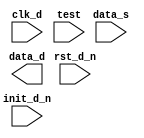
////////////////////////////////////////////////////////////////////////////////
//
//       This confidential and proprietary software may be used only
//     as authorized by a licensing agreement from Synopsys Inc.
//     In the event of publication, the following notice is applicable:
//
//                    (C) COPYRIGHT 2005 - 2023 SYNOPSYS INC.
//                           ALL RIGHTS RESERVED
//
//       The entire notice above must be reproduced on all authorized
//     copies.
//
//
// VERSION:   Simulation Architecture
//
// DesignWare_version: 4e64d804
// DesignWare_release: U-2022.12-DWBB_202212.5
//
////////////////////////////////////////////////////////////////////////////////
//
// ABSTRACT: Behavioral model of Fundamental Synchronizer for s2_sf based FIFO methods
//
//           This synchronizes incoming data into the destination domain
//           with a configurable number of sampling stages.
//
//              Parameters:     Valid Values
//              ==========      ============
//              width           [ 1 to 1024 ]
//              f_sync_type     [ 0 = single clock design, no synchronizing stages implemented,
//                                1 = 1-stage synchronization w/ pos-edge capturing,
//                                2 = 2-stage synchronization w/ both stages pos-edge capturing,
//                                3 = 3-stage synchronization w/ all stages pos-edge capturing,
//                                4 = 4-stage synchronization w/ all stages pos-edge capturing ]
//              tst_mode        [ 0 = no hold latch inserted,
//                                1 = insert hold 'latch' using a neg-edge triggered register
//                                2 = reserved (functions same as tst_mode=0 ]
//		verif_en        [ 0 = no sampling errors inserted,
//                                1 = sampling errors are randomly inserted with 0 or 1 destination clock cycle delays
//                                2 = sampling errors are randomly inserted with 0, 0.5, 1, or 1.5 destination clock cycle delays
//                                3 = sampling errors are randomly inserted with 0, 1, 2, or 3 destination clock cycle delays
//                                4 = sampling errors are randomly inserted with 0 or up to 0.5 destination clock cycle delays ]
//              
//              Input Ports:    Size    Description
//              ===========     ====    ===========
//              clk_d           1 bit   Destination Domain Input Clock
//              rst_d_n         1 bit   Destination Domain Active Low Async. Reset
//		init_d_n        1 bit   Destination Domain Active Low Sync. Reset
//              data_s          N bits  Source Domain Data Input
//              test            1 bit   Test input
//
//              Output Ports    Size    Description
//              ============    ====    ===========
//              data_d          N bits  Destination Domain Data Output
//
//                Note: the value of N is equal to the 'width' parameter value
//
//
// MODIFIED: 
//              RJK   09-12-17 Derived simulation model DWsc_sync from DW_sync

module DWsc_sync (
    clk_d,
    rst_d_n,
    init_d_n,
    data_s,
    test,
    data_d
    );

parameter integer width        = 8;
parameter integer f_sync_type  = 2;
parameter integer tst_mode     = 0;
parameter integer verif_en     = 1;

input			clk_d;
input			rst_d_n;
input			init_d_n;
input  [width-1:0]      data_s;
input                   test;
output [width-1:0]      data_d;

// synopsys translate_off
localparam		F_SYNC_TYPE_INT = f_sync_type % 8;

  //-------------------------------------------------------------------------
  // Parameter legality check
  //-------------------------------------------------------------------------

 
  initial begin : parameter_check
    integer param_err_flg;

    param_err_flg = 0;
    
  
    if (width < 1 ) begin
      param_err_flg = 1;
      $display(
	"ERROR: %m :\n  Invalid value (%d) for parameter width (lower bound: 1 )",
	width );
    end
  
    if ( (F_SYNC_TYPE_INT < 0) || (F_SYNC_TYPE_INT > 4) ) begin
      param_err_flg = 1;
      $display(
	"ERROR: %m :\n  Invalid value (%d) for parameter F_SYNC_TYPE_INT (legal range: 0 to 4)",
	F_SYNC_TYPE_INT );
    end
  
    if ( (verif_en < 0) || (verif_en > 4) ) begin
      param_err_flg = 1;
      $display(
	"ERROR: %m :\n  Invalid value (%d) for parameter verif_en (legal range: 0 to 4)",
	verif_en );
    end

    if ( param_err_flg == 1) begin
      $display(
        "%m :\n  Simulation aborted due to invalid parameter value(s)");
      $finish;
    end

  end // parameter_check 


  wire [width-1:0]       data_s_int;
  reg  [width-1:0]       ndata1_int;
  reg  [width-1:0]       data1_int;
  reg  [width-1:0]       data_d2_int;
  reg  [width-1:0]       data_d3_int;
  reg  [width-1:0]       data_d4_int;
  reg  [width-1:0]       test_nout1_int;

  wire [width-1:0]       next_data1_int;
  wire [width-1:0]       next_data_d2_int;
  wire [width-1:0]       next_data_d3_int;
  wire [width-1:0]       tst_mode_sel_data;
  wire [width-1:0]       f_sync_type0_data;


  `ifdef DW_MODEL_MISSAMPLES





  initial begin
    $display("Information: %m: *** Running with DW_MODEL_MISSAMPLES defined, verif_en is: %0d ***",
			verif_en);
  end

reg     [width-1:0]     test_hold_ms;
wire			hclk_odd;
reg  [width-1:0]	last_data_dyn, data_s_delta_t;
reg  [width-1:0]	last_data_s, last_data_s_q, last_data_s_qq;
wire [width-1:0]	data_s_sel_0, data_s_sel_1;
reg  [width-1:0]	data_select; initial data_select = 0;
reg  [width-1:0]	data_select_2; initial data_select_2 = 0;

  always @ (negedge clk_d or negedge rst_d_n) begin : PROC_test_hold_ms_registers
    if (rst_d_n == 1'b0) begin
      test_hold_ms        <= {width{1'b0}};
    end else if (init_d_n == 1'b0) begin
      test_hold_ms        <= {width{1'b0}};
    end else begin
      test_hold_ms        <= data_s;
    end
  end
reg			init_dly_n;


  always @ (posedge hclk_odd or data_s or rst_d_n) begin : PROC_catch_last_data
    data_s_delta_t <= (data_s | (data_s ^ data_s)) & {width{rst_d_n}} & {width{init_dly_n}};
    last_data_dyn <= data_s_delta_t & {width{rst_d_n}} & {width{init_dly_n}};
  end // PROC_catch_last_data

generate if ((verif_en % 2) == 1) begin : GEN_HO_VE_EVEN
  assign hclk_odd = clk_d;
end else begin : GEN_HO_VE_ODD
  assign hclk_odd = ~clk_d;
end
endgenerate

  always @ (posedge clk_d or negedge rst_d_n) begin : PROC_missample_hist_even
    if (rst_d_n == 1'b0) begin
      last_data_s_q  <= {width{1'b0}};
      init_dly_n     <= 1'b1;
    end else if (init_d_n == 1'b0) begin
      last_data_s_q  <= {width{1'b0}};
      init_dly_n     <= 1'b0;
    end else begin
      last_data_s_q <= last_data_s;
      init_dly_n     <= 1'b1;
    end
  end // PROC_missample_hist_even

  always @ (posedge hclk_odd or negedge rst_d_n) begin : PROC_missample_hist_odd
    if (rst_d_n == 1'b0) begin
      last_data_s <= {width{1'b0}};
      last_data_s_qq  <= {width{1'b0}};
    end else if (init_d_n == 1'b0) begin
      last_data_s <= {width{1'b0}};
      last_data_s_qq  <= {width{1'b0}};
    end else begin
      last_data_s <= (data_s | (data_s ^ data_s));
      last_data_s_qq <= last_data_s_q;
    end
  end // PROC_missample_hist_odd

  always @ (data_s or last_data_s) begin : PROC_mk_next_data_select
    if (data_s != last_data_s) begin
      data_select = wide_random(width);

      if ((verif_en == 2) || (verif_en == 3))
	data_select_2 = wide_random(width);
      else
	data_select_2 = {width{1'b0}};
    end
  end  // PROC_mk_next_data_select

  assign data_s_sel_0 = (verif_en < 1)? data_s : ((data_s & ~data_select) | (last_data_dyn & data_select));

  assign data_s_sel_1 = (verif_en < 2)? {width{1'b0}} : ((last_data_s_q & ~data_select) | (last_data_s_qq & data_select));

  assign data_s_int = ((data_s_sel_0 & ~data_select_2) | (data_s_sel_1 & data_select_2));


  function [width-1:0] wide_random;
    input [31:0]        in_width;   // should match "width" parameter -- need one input to satisfy Verilog function requirement

    reg   [width-1:0]   temp_result;
    reg   [31:0]        rand_slice;
    integer             i, j, base;


    begin
      temp_result = $random;
      if (((width / 32) + 1) > 1) begin
        for (i=1 ; i < ((width / 32) + 1) ; i=i+1) begin
          base = i << 5;
          rand_slice = $random;
          for (j=0 ; ((j < 32) && (base+j < in_width)) ; j=j+1) begin
            temp_result[base+j] = rand_slice[j];
          end
        end
      end

      wide_random = temp_result;
    end
  endfunction  // wide_random

  initial begin : seed_random_PROC
    integer seed, init_rand;
    `ifdef DW_MISSAMPLE_SEED
      seed = `DW_MISSAMPLE_SEED;
    `else
      seed = 32'h0badbeef;
    `endif

    init_rand = $random(seed);
  end // seed_random_PROC







  `else
  assign data_s_int = (data_s | (data_s ^ data_s));
  `endif



  assign tst_mode_sel_data  = (tst_mode == 1) ? test_nout1_int : data_s;

  assign f_sync_type0_data  = (test == 1'b1) ? tst_mode_sel_data : data_s;

  assign next_data1_int     = (test == 1'b0) ? data_s_int : tst_mode_sel_data; 


  generate
    if ((f_sync_type & 7) == 1) begin : GEN_NXT_SMPL_SM1_FST_EQUAL1
      assign next_data_d2_int = ndata1_int;
    end
    if ((f_sync_type & 7) > 1) begin : GEN_NXT_SMPL_SM1_FST_GRTH1
      assign next_data_d2_int = data1_int;
    end
  endgenerate
				
  always @(negedge clk_d or negedge rst_d_n) begin : a1000_PROC
    if (rst_d_n === 1'b0) begin
      ndata1_int     <= {width{1'b0}}; 
      test_nout1_int <= {width{1'b0}};
    end else if (rst_d_n === 1'b1) begin
      if (init_d_n === 1'b0) begin
        ndata1_int     <= {width{1'b0}};
        test_nout1_int <= {width{1'b0}};
      end else if (init_d_n === 1'b1) begin
        ndata1_int     <= data_s_int; 
        test_nout1_int <= data_s;
      end else begin
        ndata1_int     <= {width{1'bX}};
        test_nout1_int <= {width{1'bX}};
      end
    end else begin
      ndata1_int     <= {width{1'bX}}; 
      test_nout1_int <= {width{1'bX}};
    end
  end

  always @(posedge clk_d or negedge rst_d_n) begin : a1001_PROC
    if (rst_d_n === 1'b0) begin
      data1_int          <= {width{1'b0}};
      data_d2_int        <= {width{1'b0}};
      data_d3_int        <= {width{1'b0}};
      data_d4_int        <= {width{1'b0}};
    end else if (rst_d_n === 1'b1) begin
      if (init_d_n === 1'b0) begin
        data1_int          <= {width{1'b0}};
        data_d2_int        <= {width{1'b0}};
        data_d3_int        <= {width{1'b0}};
        data_d4_int        <= {width{1'b0}};
      end else if (init_d_n === 1'b1) begin
        data1_int          <= next_data1_int; 
        data_d2_int        <= next_data_d2_int;
        data_d3_int        <= data_d2_int;
        data_d4_int        <= data_d3_int;
      end else begin
        data1_int          <= {width{1'bX}};
        data_d2_int        <= {width{1'bX}};
        data_d3_int        <= {width{1'bX}};
        data_d4_int        <= {width{1'bX}};
      end
    end else begin
      data1_int          <= {width{1'bX}};
      data_d2_int        <= {width{1'bX}};
      data_d3_int        <= {width{1'bX}};
      data_d4_int        <= {width{1'bX}};
    end
  end

  assign data_d = (F_SYNC_TYPE_INT == 0) ? f_sync_type0_data :
		    (F_SYNC_TYPE_INT == 3) ? data_d3_int : 
                      (F_SYNC_TYPE_INT == 4) ? data_d4_int :
		        (F_SYNC_TYPE_INT == 1)? data1_int : data_d2_int;
			  

  
`ifndef DW_DISABLE_CLK_MONITOR
`ifndef DW_SUPPRESS_WARN
  always @ (clk_d) begin : monitor_clk_d 
    if ( (clk_d !== 1'b0) && (clk_d !== 1'b1) && ($time > 0) )
      $display ("WARNING: %m:\n at time = %0t: Detected unknown value, %b, on clk_d input.", $time, clk_d);
    end // monitor_clk_d 
`endif
`endif


// synopsys translate_on
endmodule
/* vcs gen_ip dbg_ip off */
 /* */